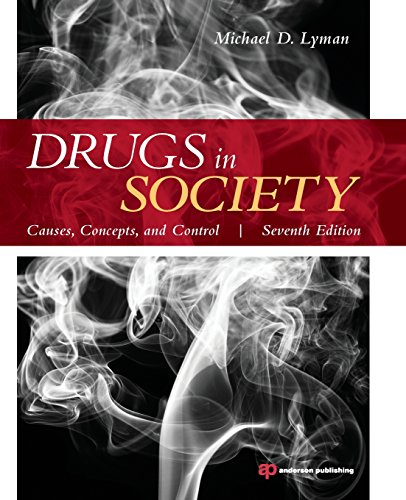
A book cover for Drugs in Society: Causes, Concepts, and Control; Michael D. Lyman; Politics & Social Sciences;